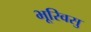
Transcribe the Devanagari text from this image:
भूरिवसु